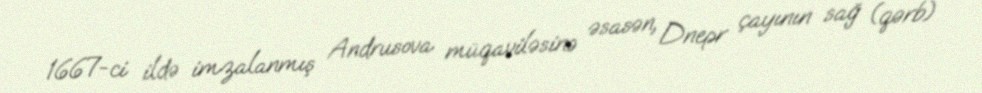
1667-ci ildə imzalanmış Andrusova müqaviləsinə əsasən, Dnepr çayının sağ (qərb)